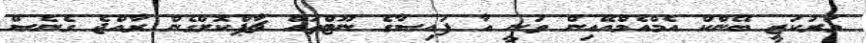
މަރުކަޒީ ބޭންކް އެމްއެމްއޭއިން ވަނީ އާ ފައިސާގެ ނޫޓްތައް ޗާޕްކޮށްގެން ރާއްޖެ ގެނެސް